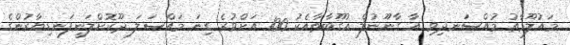
މައުލޫމާތު މުއްސަނދިވި އާ ގާނޫނުލް އުގޫބާތާއެކު 100 އަށްވުރެ ގިނަ މައްސަލަ ދޫކޮށްލަނީފަނޑިޔާރުންގެ